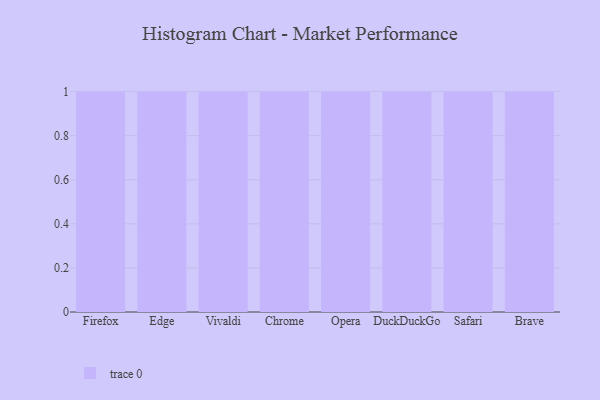
{"axis": {"x": "Browser", "y": "Latency (ms)"}, "legend": [""], "data": [{"x": "Firefox", "y": 30, "type": ""}, {"x": "Edge", "y": 58, "type": ""}, {"x": "Vivaldi", "y": 12, "type": ""}, {"x": "Chrome", "y": 28, "type": ""}, {"x": "Opera", "y": 94, "type": ""}, {"x": "DuckDuckGo", "y": 62, "type": ""}, {"x": "Safari", "y": 34, "type": ""}, {"x": "Brave", "y": 92, "type": ""}]}